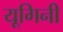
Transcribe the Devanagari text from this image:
यूगिनी